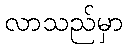
လာသည်မှာ